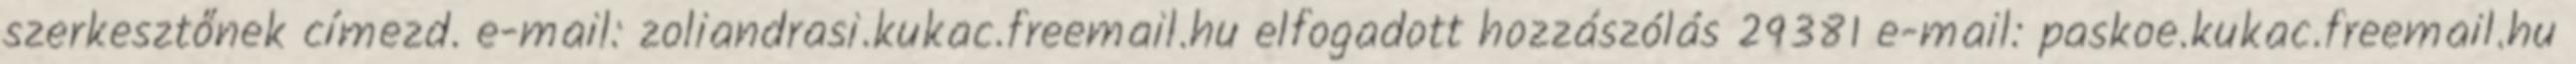
szerkesztőnek címezd. e-mail: zoliandrasi.kukac.freemail.hu elfogadott hozzászólás 29381 e-mail: paskoe.kukac.freemail.hu